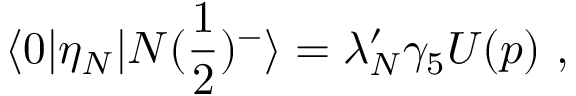
\langle 0 | \eta _ { N } | N ( { \frac { 1 } { 2 } } ) ^ { - } \rangle = \lambda _ { N } ^ { \prime } \gamma _ { 5 } U ( p ) \ ,